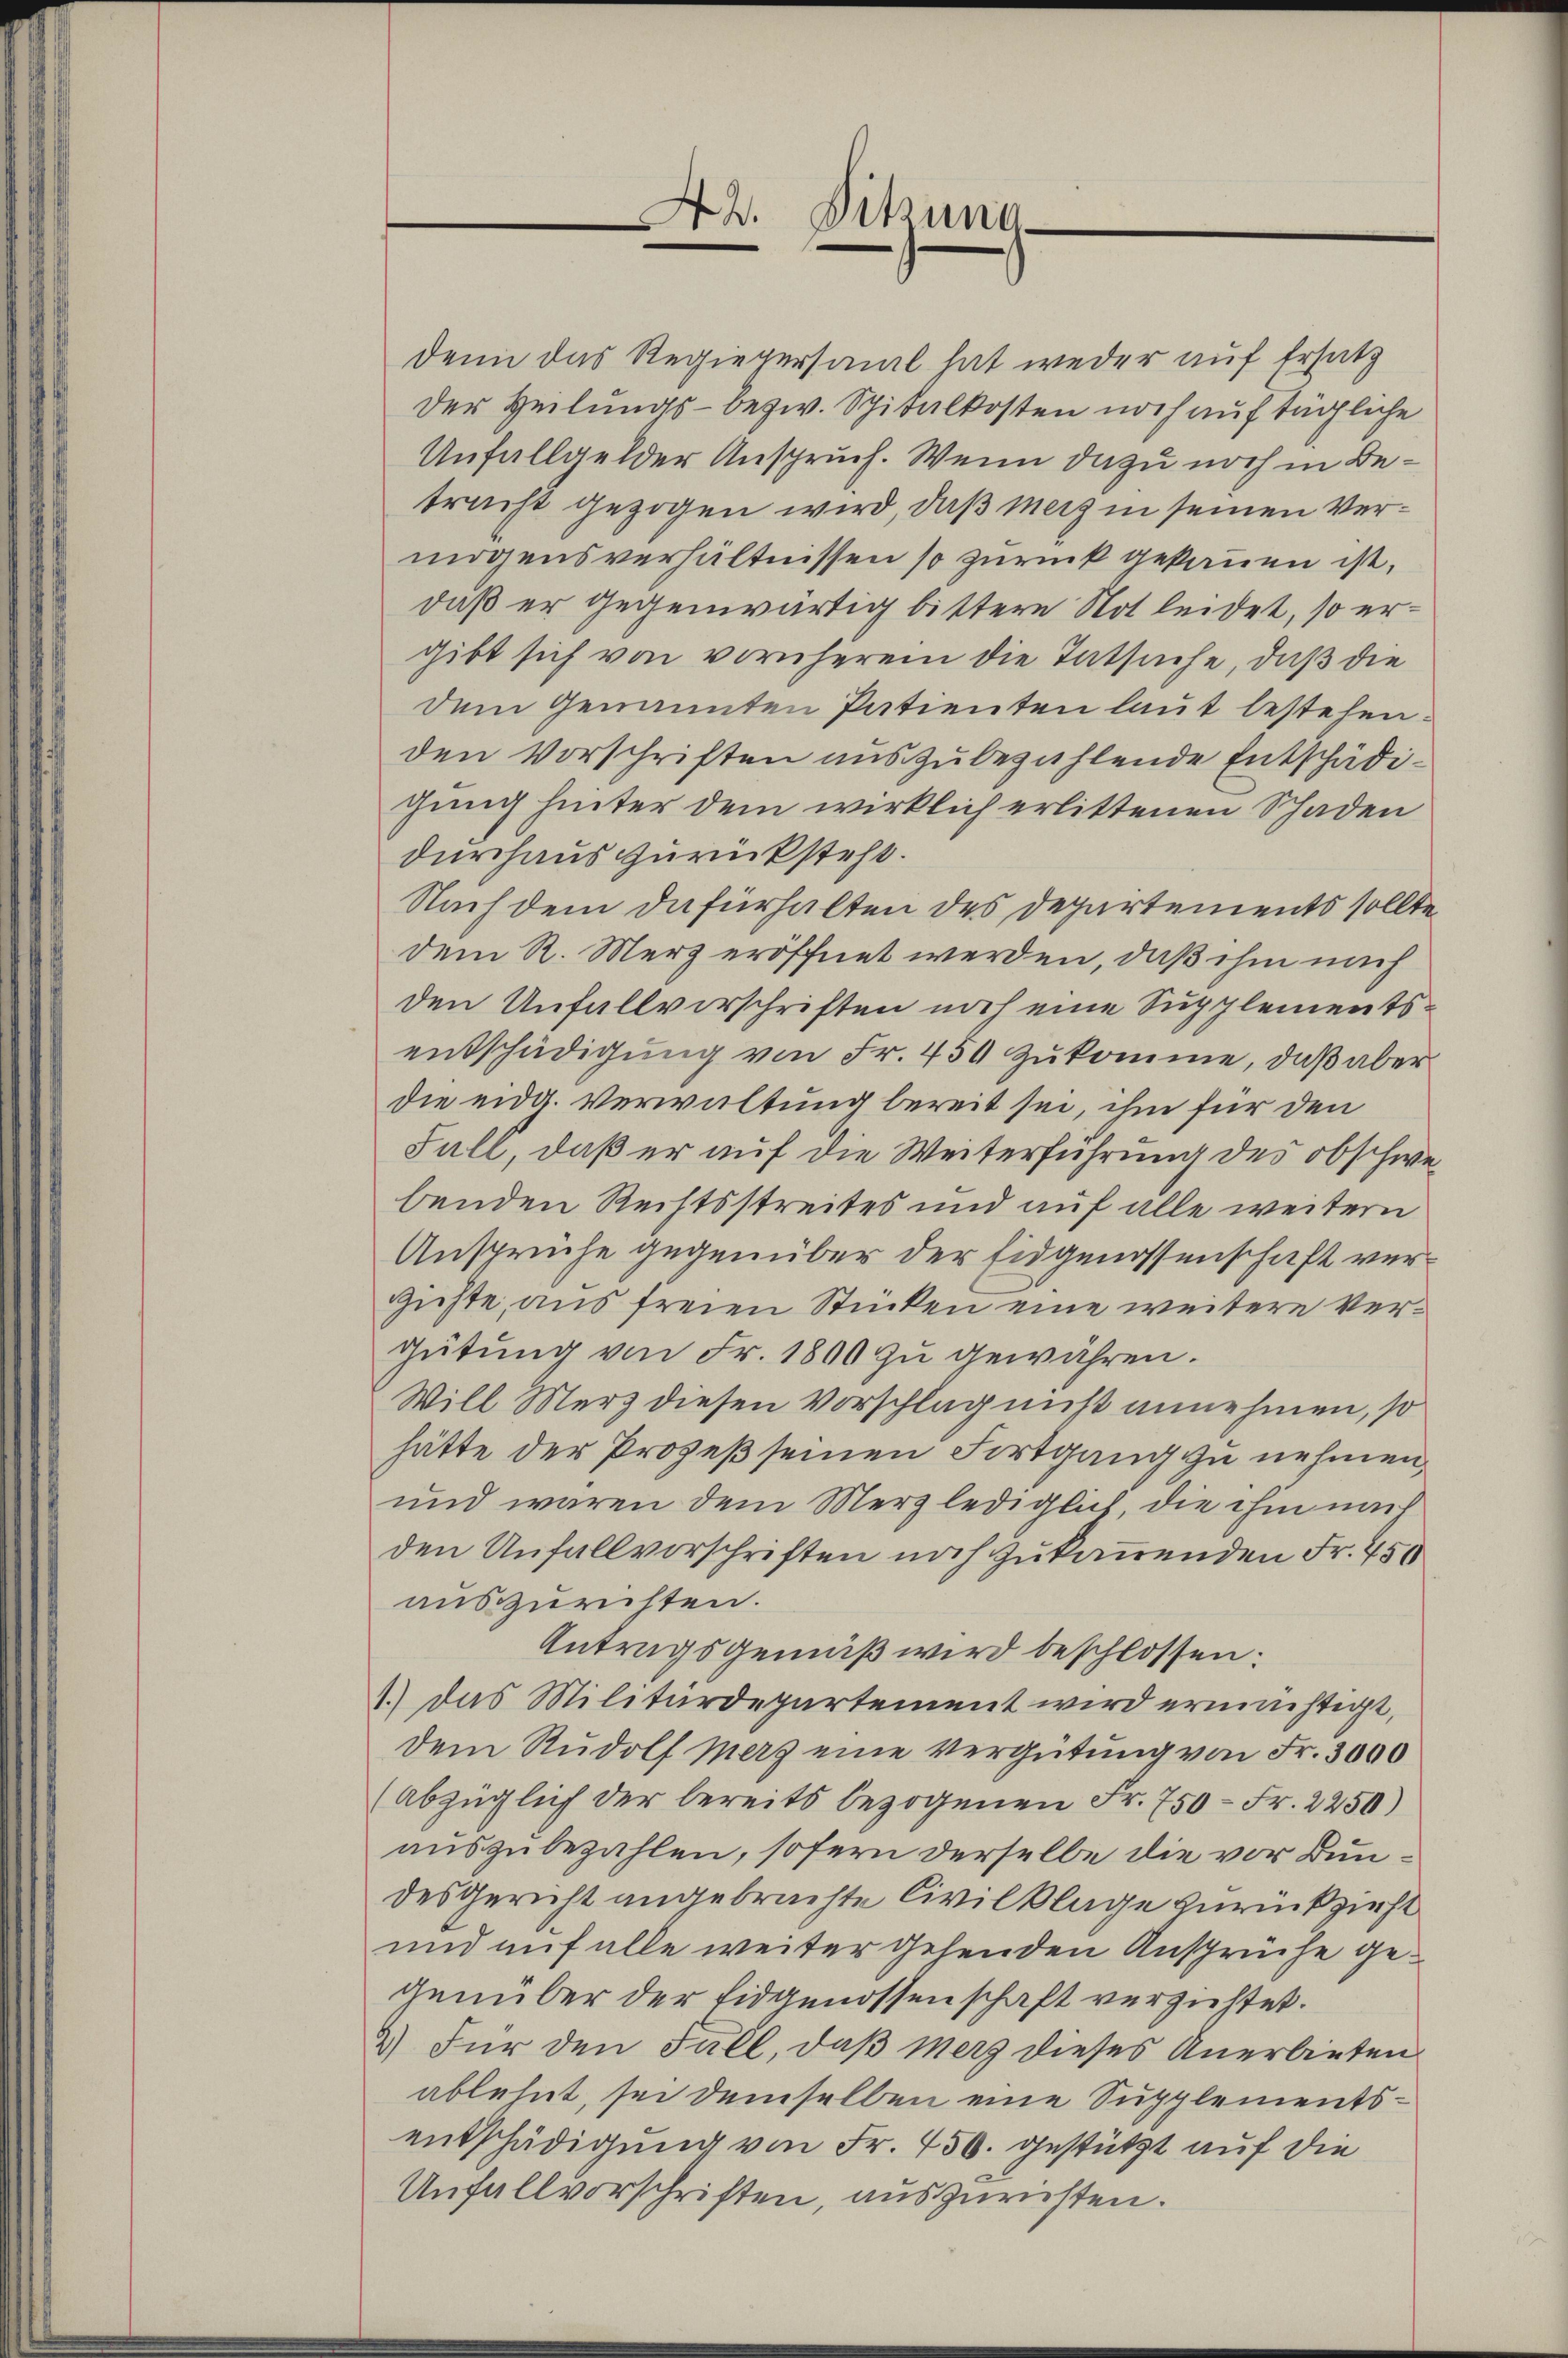
denn das Regiegersaml hat weder auf Ersatz
Der Heilungs- bezw. Spitalkosten noch auf tägliche
Unfallgelder Anspruch. Wenn dazu noch in Betracht gezogen wird, daß Merz in seinen Vermögensverhältnissen so zurück gekommen ist,
daß er gegenwärtig bittere Not leidet, so ergibt sich von vornherem die Tatsache, daß die
dem Genannten Patienten laut bestehen.
den Vorschriften auszubezahlende Entschädigung hinter dem wirklich erlittenen Schaden
durchaus zurücksteht.
Nach dem dafürhalten des Departements sollte
dem R. Merz eröffnet werden, daß ihm nach
den Unfallverschriften noch eine Supplementsentschädigung von Fr. 450 zukomme, daß aber
die eidg. Verwaltung bereit sei, ihm für den
Fall, daß er auf die Weiterführung des obschwebenden Rechtsstreites und auf alle weitern
Ansprüche gegenüber der Eidgenossenschaft vergüste, aus freien Stücken eine weitere Vergütung von Fr. 1800 zu gewähren.
Will Merz diesen Vorschlag nicht annehmen, so
hätte der Prozeß seinen Fortgang zu nehmen,
und waren dem Merz lediglich, die ihm nach
den Unfallvorschriften noch zukommenden Fr. 450
auszurichten.
Antragsgemäß wird beschlossen.
1.) Das Militärdepartement wird ermächtigt,
dem Rudolf Merz eine Vergütung von Fr. 3000
(Abzüglich der bereits bezogenen Fr. 750 Fr. 2250)
auszubezahlen, sofern derselbe die vor Bundes Gericht angebrachte Civilklage zurückzieht
und auf alle weiter gehenden Ansprüche gegenüber der Eidgenossenschaft verzichtet.
2) Für den Fall, daß Merz dieses Anerbieten
ablehnt, sei demselben eine Supplementsentschädigung von Fr. 450. gestützt auf die
Unfallvorschriften, auszurichten.

A. Sitzung.
e